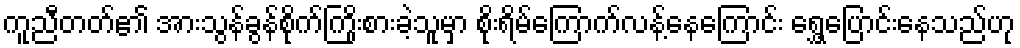
ကူညီတတ်၏ အားသွန်ခွန်စိုက်ကြိုးစားခဲ့သူမှာ စိုးရိမ်ကြောက်လန့်နေကြောင်း ရွှေ့ပြောင်းနေသည်ဟု